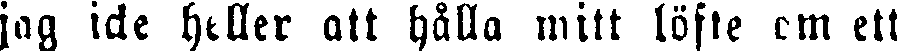
jag icke heller att hålla mitt löfte om ett